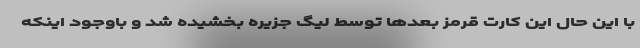
با این حال این کارت قرمز بعدها توسط لیگ جزیره بخشیده شد و باوجود اینکه